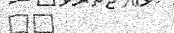
٧٥